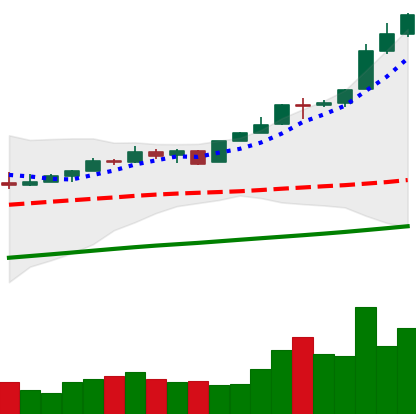
Ticker: BTC-USD
Chart end date: 2017-05-03
Forward return: 15.654%
Label: up_7plus